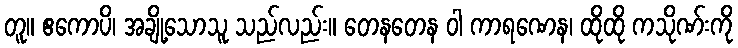
တူ။ ဧကောပိ၊ အချို့သောသူ သည်လည်း။ တေနတေန ဝါ ကာရဏေန၊ ထိုထို ကသိုဏ်းကို